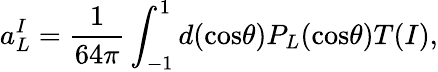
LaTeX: a_{L}^{I}={\frac{1}{64\pi}}\int_{-1}^{1}d(\mathrm{cos}\theta)P_{L}(\mathrm{cos}\theta)T(I),